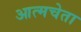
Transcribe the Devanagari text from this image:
आत्मचेता